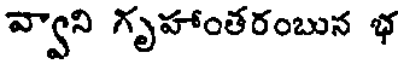
వ్వాని గృహాంతరంబున భ